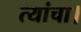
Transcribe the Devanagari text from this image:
त्यांचा।